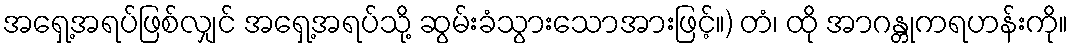
အရှေ့အရပ်ဖြစ်လျှင် အရှေ့အရပ်သို့ ဆွမ်းခံသွားသောအားဖြင့်။) တံ၊ ထို အာဂန္တုကရဟန်းကို။